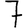
Digit: 7